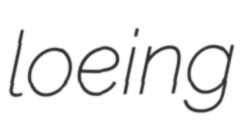
loeing